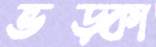
ভড়্‌কা